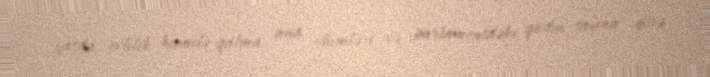
yaşda evlilik, hamilə qalma, ana ölümləri və parlamentdəki qadın sayına görə